Vaccination in the Punjab 1919-1929 - 1919-1929
Year: 1919
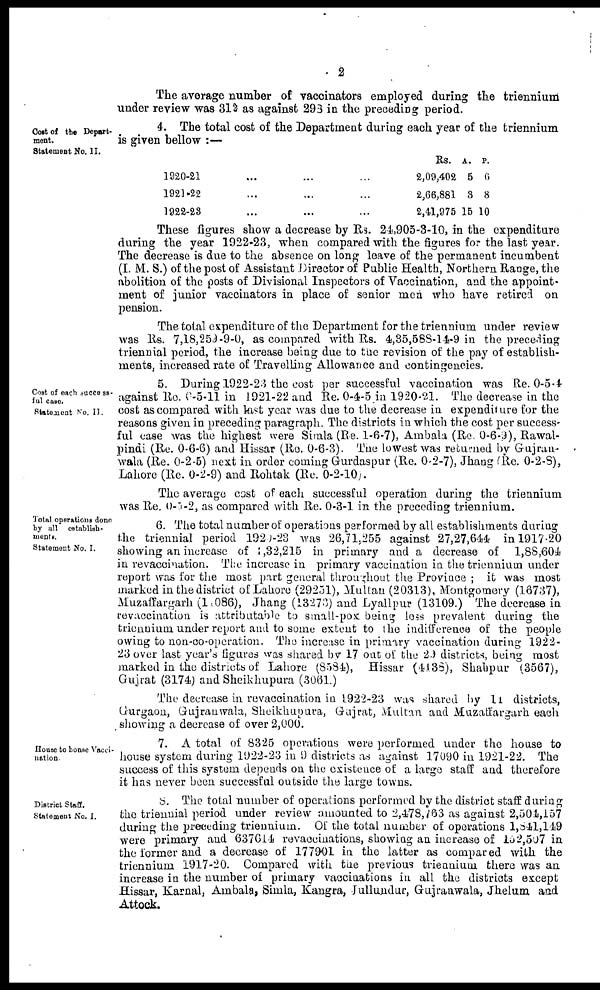
2
The average number of vaccinators employed during the triennium
under review was 312 as against 293 in the preceding period.
Cost of the Depart-
ment.
Statement No. II.
4. The total cost of the Department during each year of the triennium
is given bellow :—
1920-21
1921-22
1922-28
Rs.
2,09,402
2,66,881
2,41,975
A.
5
3
15
P.
0
8
10
These figures show a decrease by Rs. 24,905-3-10, in the expenditure
during the year 1922-23, when compared with the figures for the last year.
The decrease is due to the absence on long leave of the permanent incumbent
(I. M. S.) of the post of Assistant Director of Public Health, Northern Range, the
abolition of the posts of Divisional Inspectors of Vaccination, and the appoint-
ment of junior vaccinators in place of senior men who have retired on
pension.
The total expenditure of the Department for the triennium under review
was Rs. 7,18,259-9-0, as compared with Rs. 4,35,588-14-9 in the preceding
triennial period, the increase being due to the revision of the pay of establish-
ments, increased rate of Travelling Allowance and contingencies.
Cost of each success-
ful case.
Statement No. II.
5. During 1922-23 the cost per successful vaccination was Re. 0-5-4
against Re. 0-5-11 in 1921-22 and Re. 0-4-5 in 1920-21. The decrease in the
cost as compared with last year was due to the decrease in expenditure for the
reasons given in preceding paragraph. The districts in which the cost per success-
ful case was the highest were Simla (Re. 1-6-7), Ambala (Re. 0-6-2), Rawal-
pindi (Re. 0-6-6) and Hissar (Re. 0-6-3) The lowest was returned by Gujran-
wala (Re. 0-2-5) next in order coming Gurdaspur (Re. 0-2-7), Jhang (Re. 0-2-8),
Lahore (Re. 0-2-9) and Rohtak (Re. 0-2-10).
The average cost of each successful operation during the triennium
was Re. 0-5-2, as compared with Re. 0-3-1 in the preceding triennium.
Total operations done
by all establish-
ments.
Statement No. I.
6. The total number of operations performed by all establishments during
the triennial period 1920-23 was 26,71.255 against 27,27,644 in 1917.20
showing an increase of 1,32,215 in primary and a decrease of 1,88,604
in revaccination. The increase in primary vaccination in the triennium under
report was for the most part general throughout the Province ; it was most
marked in the district of Lahore (29251), Multan (20313), Montgomery (16737),
Muzaffargarh (1 086), Jhang (13273) and Lyallpur (13109.) The decrease in
revaccination is attributable to small-pox being loss prevalent during the
triennium under report and to some extent to the indifference of the people
owing to non-co-operation. The increase in primary vaccination during 1922-
23 over last year's figures was shared by 17 out of the 29 districts, being most
marked in the districts of Lahore (8584), Hissar (4138), Shahpur (3567),
Gujrat (3174) and Sheikhupura (3061.)
The decrease in revaccination in 1922-23 was shared by 11 districts,
Gurgaon, Gujrauwala, Sheikhupura, Gujrat, Multan and Muzaffargarh each
showing a decrease of over 2,000.
House to honse Vacci-
nation
7. A total of 8325 operations were performed under the house to
house system during 1922-23 in 9 districts as against 17090 in 1921-22. The
success of this system depends on the existence of a large staff and therefore
it has never been successful outside the large towns.
District Staff.
Statement No. I.
8. The total number of operations performed by the district staff during
the triennial period under review amounted to 2,478,763 as against 2,504,157
during the preceding triennium. Of the total number of operations 1,841,149
were primary and 637614 revaccinations, showing an increase of 152,507 in
the former and a decrease of 1779-01 in the latter as compared with the
triennium 1917-20. Compared with the previous triennium there was an
increase in the number of primary vaccinations in all the districts except
Hissar, Karnal, Ambala, Simla, Kangra, Jullundur, Gujranwala, Jhelum and
Attock.